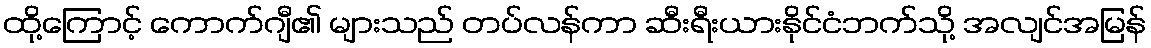
ထို့ကြောင့် ကောက်ဂျီ၏ များသည် တပ်လန်ကာ ဆီးရီးယားနိုင်ငံဘက်သို့ အလျင်အမြန်